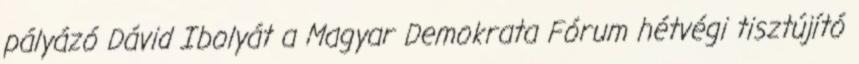
pályázó Dávid Ibolyát a Magyar Demokrata Fórum hétvégi tisztújító